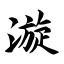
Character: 漩